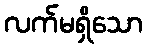
လက်မရှိသော